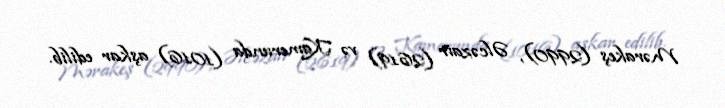
Mərakeş (2990), Əlcəzair (2619) və Kamerunda (1016) aşkar edilib.